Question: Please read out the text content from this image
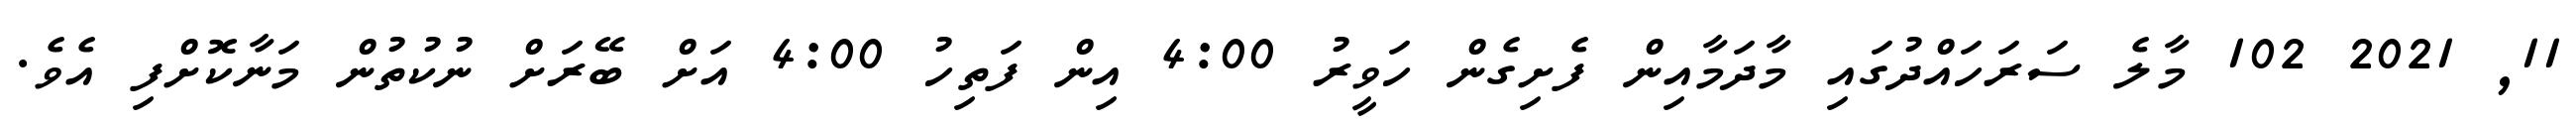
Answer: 11, 2021 102 މާލެ ސަރަހައްދުގައި މާދަމާއިން ފެށިގެން ހަވީރު 4:00 އިން ފަތިހު 4:00 އަށް ބޭރަށް ނުކުތުން މަނާކޮށްފި އެވެ.